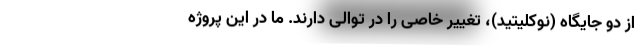
از دو جایگاه (نوکلیتید)، تغییر خاصی را در توالی دارند. ما در این پروژه